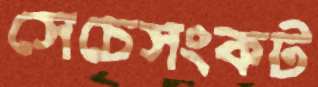
সেচেসংকট